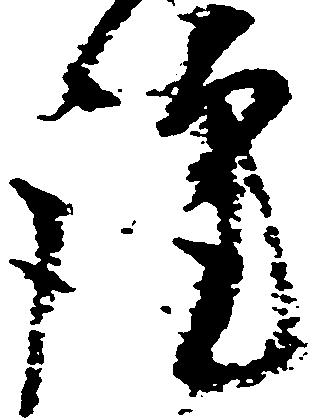
謹